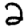
Digit: 2